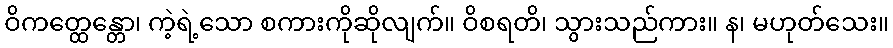
ဝိကတ္ထေန္တော၊ ကဲ့ရဲ့သော စကားကိုဆိုလျက်။ ဝိစရတိ၊ သွားသည်ကား။ န၊ မဟုတ်သေး။